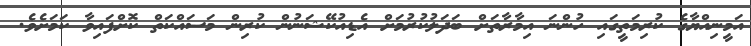
އަމީނިއްޔާގެ ކުރިމަތީގައި ހުންނަ އިމާރާތަށް ބަދަލުކުރުމަށް އެޑިއުކޭޝަނުން ކުރިން މަސައްކަތް ކޮށްފައިވާ ކަމަށެވެ.